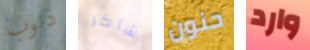
ذنوب شاكر حنون وارد